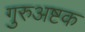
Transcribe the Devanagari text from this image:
गुरुअष्टक